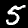
Digit: 5